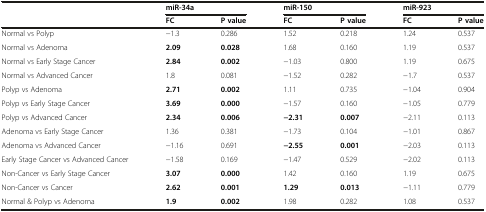
<table><thead><tr><td></td><td colspan="2"><b>miR-34a</b></td><td colspan="2"><b>miR-150</b></td><td colspan="2"><b>miR-923</b></td></tr><tr><td></td><td><b>FC</b></td><td><b>P value</b></td><td><b>FC</b></td><td><b>P value</b></td><td><b>FC</b></td><td><b>P value</b></td></tr></thead><tbody><tr><td>Normal vs Polyp</td><td>−1.3</td><td>0.286</td><td>1.52</td><td>0.218</td><td>1.24</td><td>0.537</td></tr><tr><td>Normal vs Adenoma</td><td><b>2.09</b></td><td><b>0.028</b></td><td>1.68</td><td>0.160</td><td>1.19</td><td>0.537</td></tr><tr><td>Normal vs Early Stage Cancer</td><td><b>2.84</b></td><td><b>0.002</b></td><td>−1.03</td><td>0.800</td><td>1.19</td><td>0.675</td></tr><tr><td>Normal vs Advanced Cancer</td><td>1.8</td><td>0.081</td><td>−1.52</td><td>0.282</td><td>−1.7</td><td>0.537</td></tr><tr><td>Polyp vs Adenoma</td><td><b>2.71</b></td><td><b>0.002</b></td><td>1.11</td><td>0.735</td><td>−1.04</td><td>0.904</td></tr><tr><td>Polyp vs Early Stage Cancer</td><td><b>3.69</b></td><td><b>0.000</b></td><td>−1.57</td><td>0.160</td><td>−1.05</td><td>0.779</td></tr><tr><td>Polyp vs Advanced Cancer</td><td><b>2.34</b></td><td><b>0.006</b></td><td><b>−2.31</b></td><td><b>0.007</b></td><td>−2.11</td><td>0.113</td></tr><tr><td>Adenoma vs Early Stage Cancer</td><td>1.36</td><td>0.381</td><td>−1.73</td><td>0.104</td><td>−1.01</td><td>0.867</td></tr><tr><td>Adenoma vs Advanced Cancer</td><td>−1.16</td><td>0.691</td><td><b>−2.55</b></td><td><b>0.001</b></td><td>−2.03</td><td>0.113</td></tr><tr><td>Early Stage Cancer vs Advanced Cancer</td><td>−1.58</td><td>0.169</td><td>−1.47</td><td>0.529</td><td>−2.02</td><td>0.113</td></tr><tr><td>Non-Cancer vs Early Stage Cancer</td><td><b>3.07</b></td><td><b>0.000</b></td><td>1.42</td><td>0.160</td><td>1.19</td><td>0.675</td></tr><tr><td>Non-Cancer vs Cancer</td><td><b>2.62</b></td><td><b>0.001</b></td><td><b>1.29</b></td><td><b>0.013</b></td><td>−1.11</td><td>0.779</td></tr><tr><td>Normal &amp; Polyp vs Adenoma</td><td><b>1.9</b></td><td><b>0.002</b></td><td>1.98</td><td>0.282</td><td>1.08</td><td>0.537</td></tr></tbody></table>